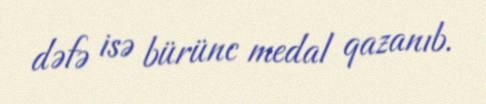
dəfə isə bürünc medal qazanıb.